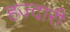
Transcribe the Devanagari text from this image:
हज्दारी